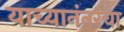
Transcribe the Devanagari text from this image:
याच्यानंतरचा